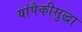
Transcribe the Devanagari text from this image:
यांपैकीसुद्धा